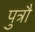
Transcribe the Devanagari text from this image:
पुत्रौ